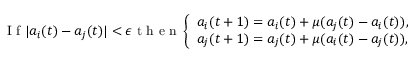
\begin{array} { r } { \mathrm { ~ I ~ f ~ } | a _ { i } ( t ) - a _ { j } ( t ) | < \epsilon \mathrm { ~ t ~ h ~ e ~ n ~ } \left\{ \begin{array} { l l } { a _ { i } ( t + 1 ) = a _ { i } ( t ) + \mu ( a _ { j } ( t ) - a _ { i } ( t ) ) , } \\ { a _ { j } ( t + 1 ) = a _ { j } ( t ) + \mu ( a _ { i } ( t ) - a _ { j } ( t ) ) , } \end{array} \right. } \end{array}